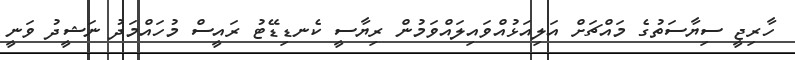
ހާރިޖީ ސިޔާސަތުގެ މައްޗަށް އަލިއަޅުއްވައިލައްވަމުން ރިޔާސީ ކެނޑިޑޭޓު ރައީސް މުހައްމަދު ނަޝީދު ވަނީ